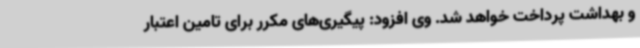
و بهداشت پرداخت خواهد شد. وی افزود: پیگیری‌های مکرر برای تامین اعتبار